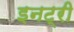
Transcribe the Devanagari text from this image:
इनट्री